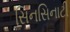
સિનસિનાટી